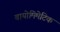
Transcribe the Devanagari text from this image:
बायोमिमेटिक